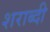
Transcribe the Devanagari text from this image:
शराब्दी